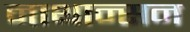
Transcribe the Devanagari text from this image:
नाथान्सन